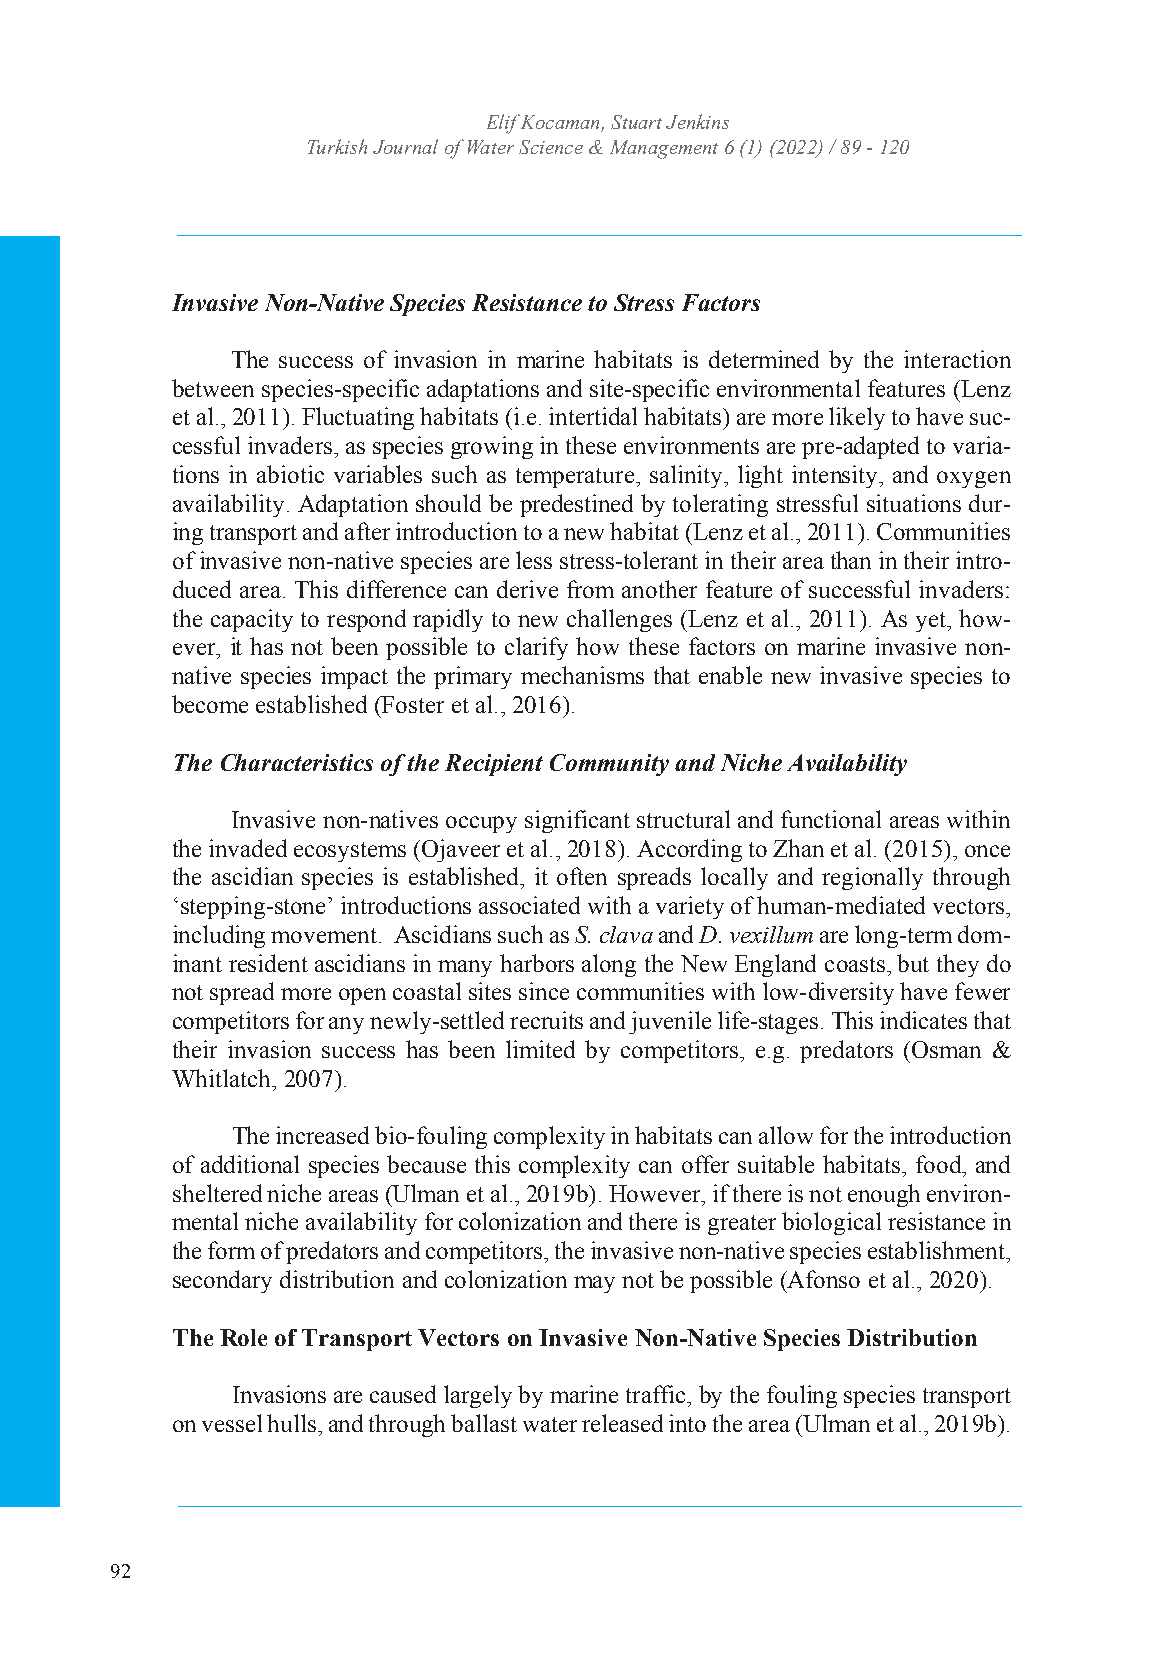
Turkish JouErlniaf lK oofc Wamataenr ,S Sctiueanrcte J &en kMinasnagement
 Turkish Journal of WISaStNe:r 2 S5c36ie 4n7c4eX &/ e -MISaSnNa: g25e6m4-e7n3t3 46 (1) (2022) / 89 - 120
 Volume: 6 Issue: 1 Year: 2022
 Invasive Non-Native Species Resistance to Stress Factors
 The success of invasion in marine habitats is determined by the interaction
 between species-specific adaptations and site-specific environmental features (Lenz
 et al., 2011). Fluctuating habitats (i.e. intertidal habitats) are more likely to have suc-
 cessful invaders, as species growing in these environments are pre-adapted to varia-
 tions in abiotic variables such as temperature, salinity, light intensity, and oxygen
 availability. Adaptation should be predestined by tolerating stressful situations dur-
 ing transport and after introduction to a new habitat (Lenz et al., 2011). Communities
 of invasive non-native species are less stress-tolerant in their area than in their intro-
 duced area. This difference can derive from another feature of successful invaders:
 the capacity to respond rapidly to new challenges (Lenz et al., 2011). As yet, how-
 ever, it has not been possible to clarify how these factors on marine invasive non-
 native species impact the primary mechanisms that enable new invasive species to
 become established (Foster et al., 2016).
 The Characteristics of the Recipient Community and Niche Availability
 Invasive non-natives occupy significant structural and functional areas within
 the invaded ecosystems (Ojaveer et al., 2018). According to Zhan et al. (2015), once
 the ascidian species is established, it often spreads locally and regionally through
 ‘stepping-stone’ introductions associated with a variety of human-mediated vectors,
 including movement. Ascidians such as S. clava and D. vexillum are long-term dom-
 inant resident ascidians in many harbors along the New England coasts, but they do
 not spread more open coastal sites since communities with low-diversity have fewer
 competitors for any newly-settled recruits and juvenile life-stages. This indicates that
 their invasion success has been limited by competitors, e.g. predators (Osman &
 Whitlatch, 2007).
 The increased bio-fouling complexity in habitats can allow for the introduction
 of additional species because this complexity can offer suitable habitats, food, and
 sheltered niche areas (Ulman et al., 2019b). However, if there is not enough environ-
 mental niche availability for colonization and there is greater biological resistance in
 the form of predators and competitors, the invasive non-native species establishment,
 secondary distribution and colonization may not be possible (Afonso et al., 2020).
 The Role of Transport Vectors on Invasive Non-Native Species Distribution
 Invasions are caused largely by marine traffic, by the fouling species transport
 on vessel hulls, and through ballast water released into the area (Ulman et al., 2019b).
 92
 4